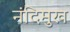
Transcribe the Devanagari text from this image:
नंदिमुख